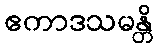
ဧကာဒသမန္တိ